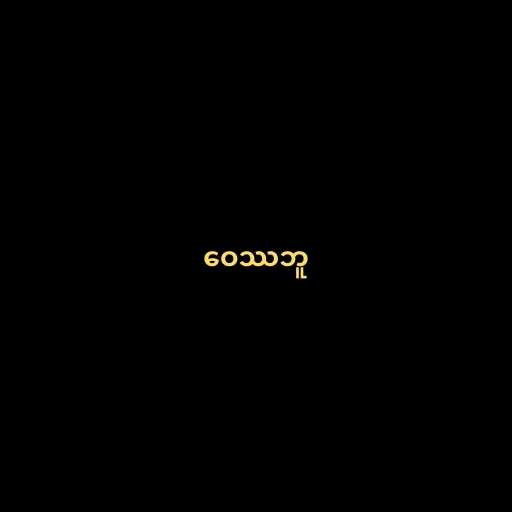
ဝေဿဘူ